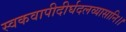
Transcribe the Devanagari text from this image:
स्वकवापीदीर्घदलव्यासानि।।